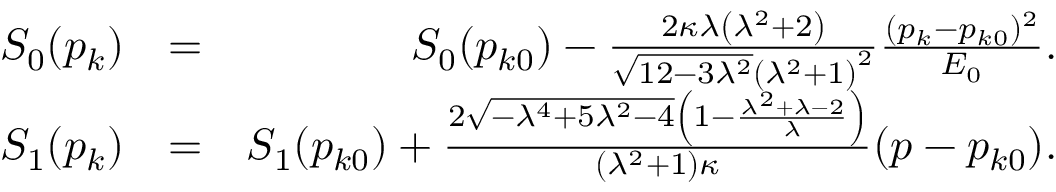
\begin{array} { r l r } { S _ { 0 } ( p _ { k } ) } & { = } & { S _ { 0 } ( p _ { k 0 } ) - \frac { 2 \kappa \lambda \left( \lambda ^ { 2 } + 2 \right) } { \sqrt { 1 2 - 3 \lambda ^ { 2 } } \left( \lambda ^ { 2 } + 1 \right) ^ { 2 } } \frac { ( p _ { k } - p _ { k 0 } ) ^ { 2 } } { E _ { 0 } } . } \\ { S _ { 1 } ( p _ { k } ) } & { = } & { S _ { 1 } ( p _ { k 0 } ) + \frac { 2 \sqrt { - \lambda ^ { 4 } + 5 \lambda ^ { 2 } - 4 } \left( 1 - \frac { \lambda ^ { 2 } + \lambda - 2 } { \lambda } \right) } { ( \lambda ^ { 2 } + 1 ) \kappa } ( p - p _ { k 0 } ) . } \end{array}